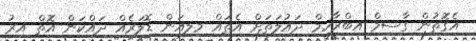
އެގޮތުން ގާސިމް އިބްރާހީމް ދައުލަތަށް އެތައް މިލިއަން ޑޮލަރެއް ދައްކަން އޮތް އިރު